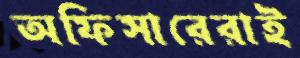
অফিসারেরাই